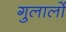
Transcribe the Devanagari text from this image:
गुलालों